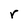
Character: r